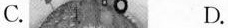
C. D.